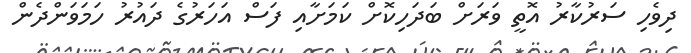
ދިވެހި ސަރުކާރު އޮތީ ވަރަށް ބަދަހިކޮށް ކަމަށާއި ފަސް އަހަރުގެ ދައުރު ހަމަވަންދެން